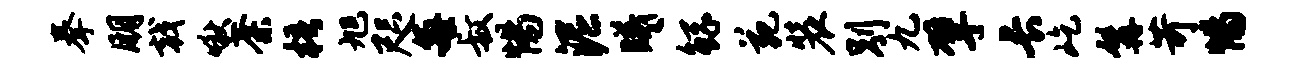
拳朋戟啾荼梧旭咫每叔惕泥曦鲧苑装别九擘长屹髯苛惕